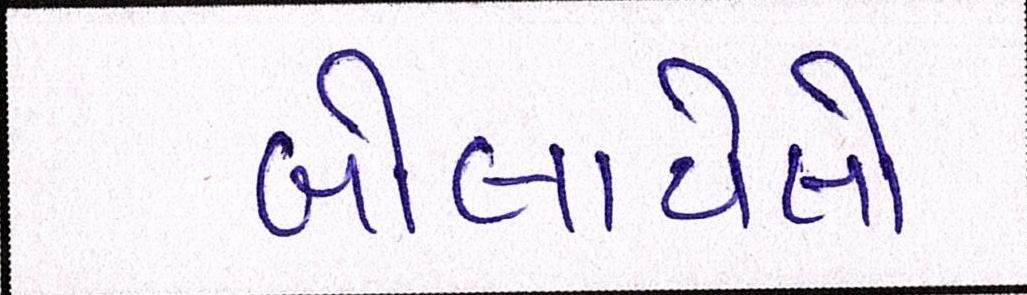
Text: બોલાયેલો